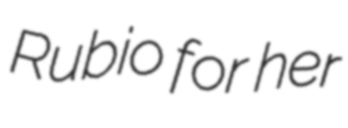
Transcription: Rubio for her